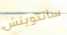
ساندويتش